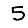
Digit: 5